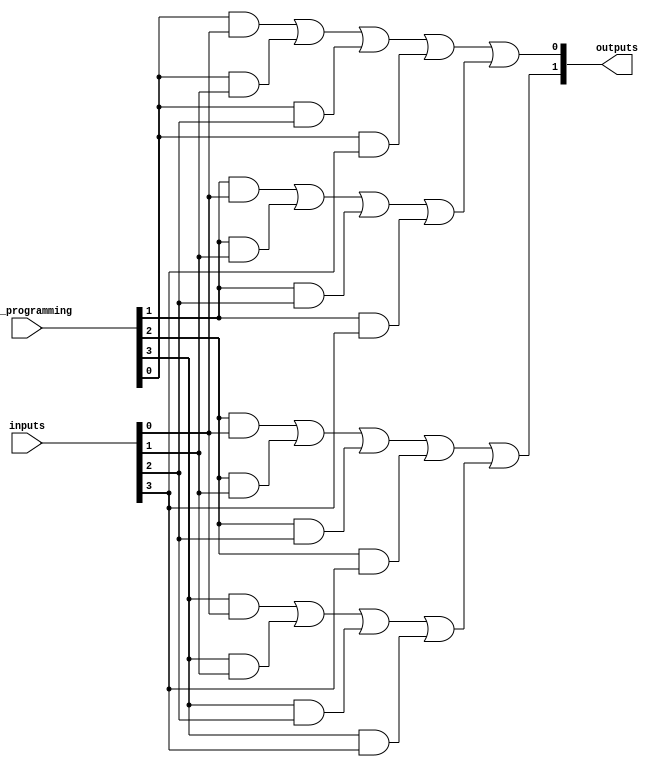
module PAL #(
    parameter n = 4, // Number of inputs
    parameter m = 2, // Number of outputs
    parameter num_AND_gates = 4, // Number of AND gates
    parameter num_OR_gates = 2 // Number of OR gates
)(
    input  [n-1:0] inputs, // Input vector
    input  [num_AND_gates-1:0] and_programming, // Programming for AND gates
    output [m-1:0] outputs // Output vector
);

// Internal signals for AND gate outputs
wire [num_AND_gates-1:0] and_outputs;

// Generate AND gates
genvar i;
generate
    for (i = 0; i < num_AND_gates; i = i + 1) begin : AND_gate
        assign and_outputs[i] = (and_programming[i] & inputs[0]) |
                                 (and_programming[i] & inputs[1]) |
                                 (and_programming[i] & inputs[2]) |
                                 (and_programming[i] & inputs[3]);
    end
endgenerate

// Fixed OR gates
assign outputs[0] = and_outputs[0] | and_outputs[1]; // OR gate for output 0
assign outputs[1] = and_outputs[2] | and_outputs[3]; // OR gate for output 1

endmodule